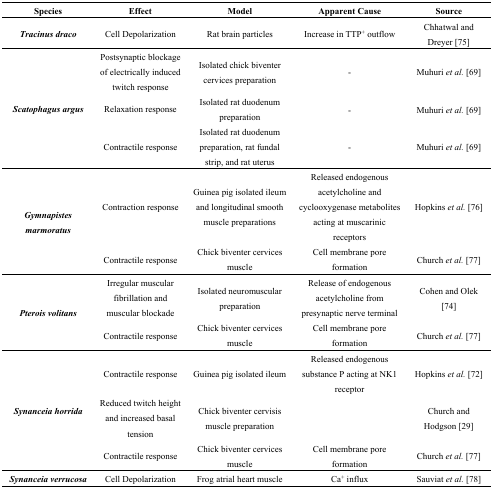
| Species | Effect | Model | Apparent Cause | Source |
 | --- | --- | --- | --- | --- |
 | Tracinus draco | Cell Depolarization | Rat brain particles | Increase in TTP+ outflow | Chhatwal and Dreyer [75] |
 | <ROWSPAN=3> Scatophagus argus | Postsynaptic blockage of electrically induced twitch response | Isolated chick biventer cervices preparation | - | Muhuri et al. [69] |
 | Relaxation response | Isolated rat duodenum preparation | - | Muhuri et al. [69] |
 | Contractile response | Isolated rat duodenum preparation, rat fundal strip, and rat uterus | - | Muhuri et al. [69] |
 | <ROWSPAN=2> Gymnapistes marmoratus | Contraction response | Guinea pig isolated ileum and longitudinal smooth muscle preparations | Released endogenous acetylcholine and cyclooxygenase metabolites acting at muscarinic receptors | Hopkins et al. [76] |
 | Contractile response | Chick biventer cervices muscle | Cell membrane pore formation | Church et al. [77] |
 | <ROWSPAN=2> Pterois volitans | Irregular muscular fibrillation and muscular blockade | Isolated neuromuscular preparation | Release of endogenous acetylcholine from presynaptic nerve terminal | Cohen and Olek [74] |
 | Contractile response | Chick biventer cervices muscle | Cell membrane pore formation | Church et al. [77] |
 | <ROWSPAN=3> Synanceia horrida | Contractile response | Guinea pig isolated ileum | Released endogenous substance P acting at NK1 receptor | Hopkins et al. [72] |
 | Reduced twitch height and increased basal tension | Chick biventer cervisis muscle preparation |  | Church and Hodgson [29] |
 | Contractile response | Chick biventer cervices muscle | Cell membrane pore formation | Church et al. [77] |
 | Synanceia verrucosa | Cell Depolarization | Frog atrial heart muscle | Ca+ influx | Sauviat et al. [78] |